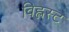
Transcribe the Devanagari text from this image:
विह्लस्ट